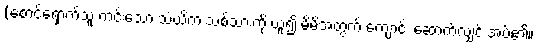
(စောင့်ရှောက်သူ ကင်းသော သံဃိက သစ်သားကို ယူ၍ မိမိအတွက် ကျောင်း ဆောက်လျှင် အပ်၏။